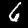
Label: 6